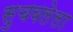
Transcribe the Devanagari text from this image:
सुचवलेला